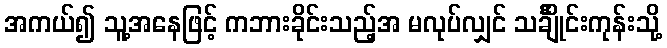
အကယ်၍ သူ့အနေဖြင့် ကဘားခိုင်းသည့်အ မလုပ်လျှင် သင်္ချိုင်းကုန်းသို့